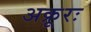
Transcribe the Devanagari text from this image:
अक्रूरः